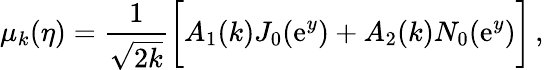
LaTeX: \mu_{k}(\eta)=\frac{1}{\sqrt{2k}}\biggl[A_{1}(k)J_{0}(\mathrm{e}^{y})+A_{2}(k)N_{0}(\mathrm{e}^{y})\biggr]\, ,